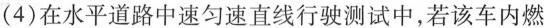
(4)在水平道路中速匀速直线行驶测试中，若该车内燃